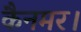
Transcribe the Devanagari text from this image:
कैनमर।